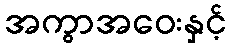
အကွာအဝေးနှင့်